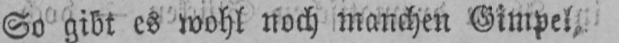
So gibt es wohl noch manchen Gimpel